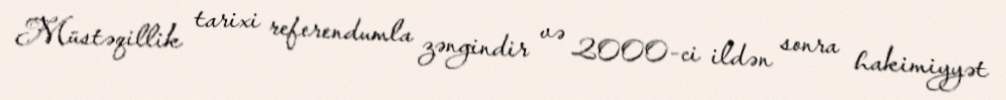
Müstəqillik tarixi referendumla zəngindir və 2000-ci ildən sonra hakimiyyət